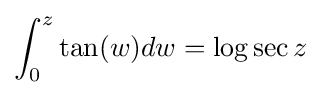
\int _{0}^{z}\tan(w)dw=\log \sec z